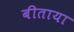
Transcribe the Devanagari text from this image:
बीताया